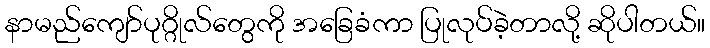
နာမည်ကျော်ပုဂ္ဂိုလ်တွေကို အခြေခံကာ ပြုလုပ်ခဲ့တာလို့ ဆိုပါတယ်။